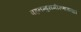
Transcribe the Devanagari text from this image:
वह़नम्‍बुसमीरणाख्‍या।